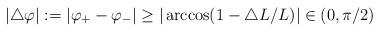
LaTeX: \begin{align*}|\triangle \varphi|:=|\varphi_{+}-\varphi_{-}|\ge |\arccos(1-\triangle L/L)| \in (0, \pi/2) \end{align*}